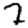
Digit: 7